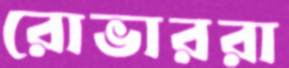
রোভাররা